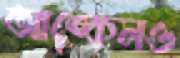
আঙ্কেলও